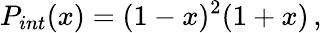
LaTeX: P_{int}(x)=(1-x)^{2}(1+x)\, ,